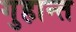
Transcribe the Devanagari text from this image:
गुहान्त